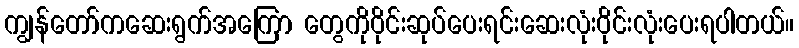
ကျွန်တော်ကဆေးရွက်အကြော တွေကိုဝိုင်းဆုပ်ပေးရင်းဆေးလုံးဝိုင်းလုံးပေးရပါတယ်။